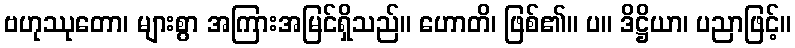
ဗဟုဿုတော၊ များစွာ အကြားအမြင်ရှိသည်။ ဟောတိ၊ ဖြစ်၏။ ပ။ ဒိဋ္ဌိယာ၊ ပညာဖြင့်။